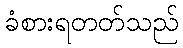
ခံစားရတတ်သည်